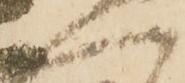
へ